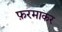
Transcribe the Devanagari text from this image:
फ़रमाकर